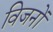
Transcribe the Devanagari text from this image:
विजनों